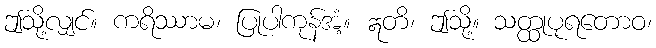
ဤသို့လျှင်။ ကရိဿာမ၊ ပြုပါကုန်အံ့။ ဣတိ၊ ဤသို့။ သတ္ထုပုရတောဝ၊